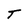
Character: T